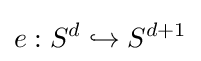
e:S^{d}\hookrightarrow S^{d+1}